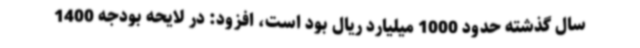
سال گذشته حدود 1000 میلیارد ریال بود است، افزود: در لایحه بودجه 1400